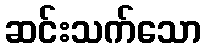
ဆင်းသက်သော